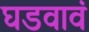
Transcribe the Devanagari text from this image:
घडवावं